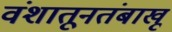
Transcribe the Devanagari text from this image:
वंशातूनतंबाखू